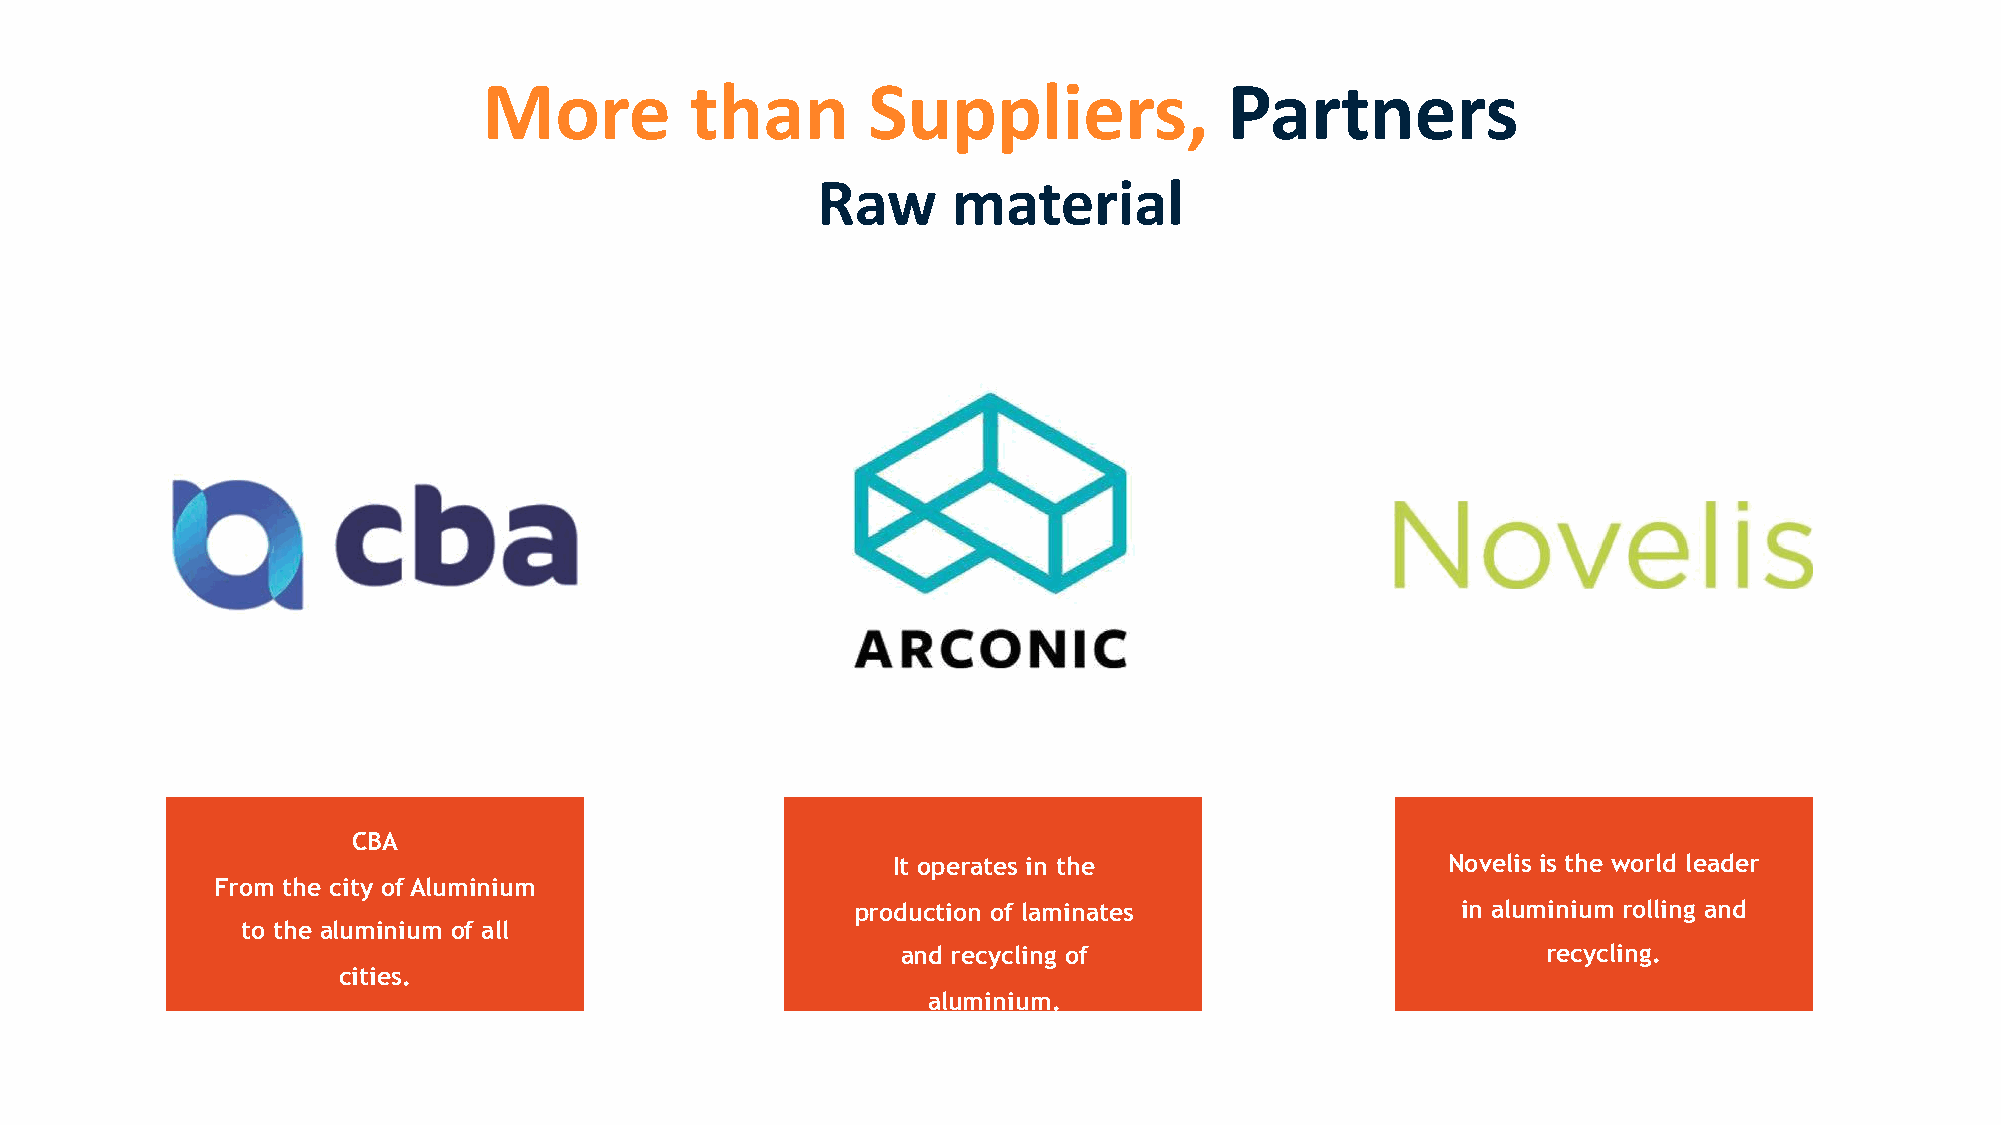
!"#$%&'()                *+,,-.$#/0%1(#&)$#/
 2(3      4(&$#.(-
 CBA
 It operates in the                   Novelis is the world leader
 From the city of Aluminium
 production of laminates                 in aluminium rolling and
 to the aluminium of all
 and recycling of                          recycling.
 cities.
 aluminium.